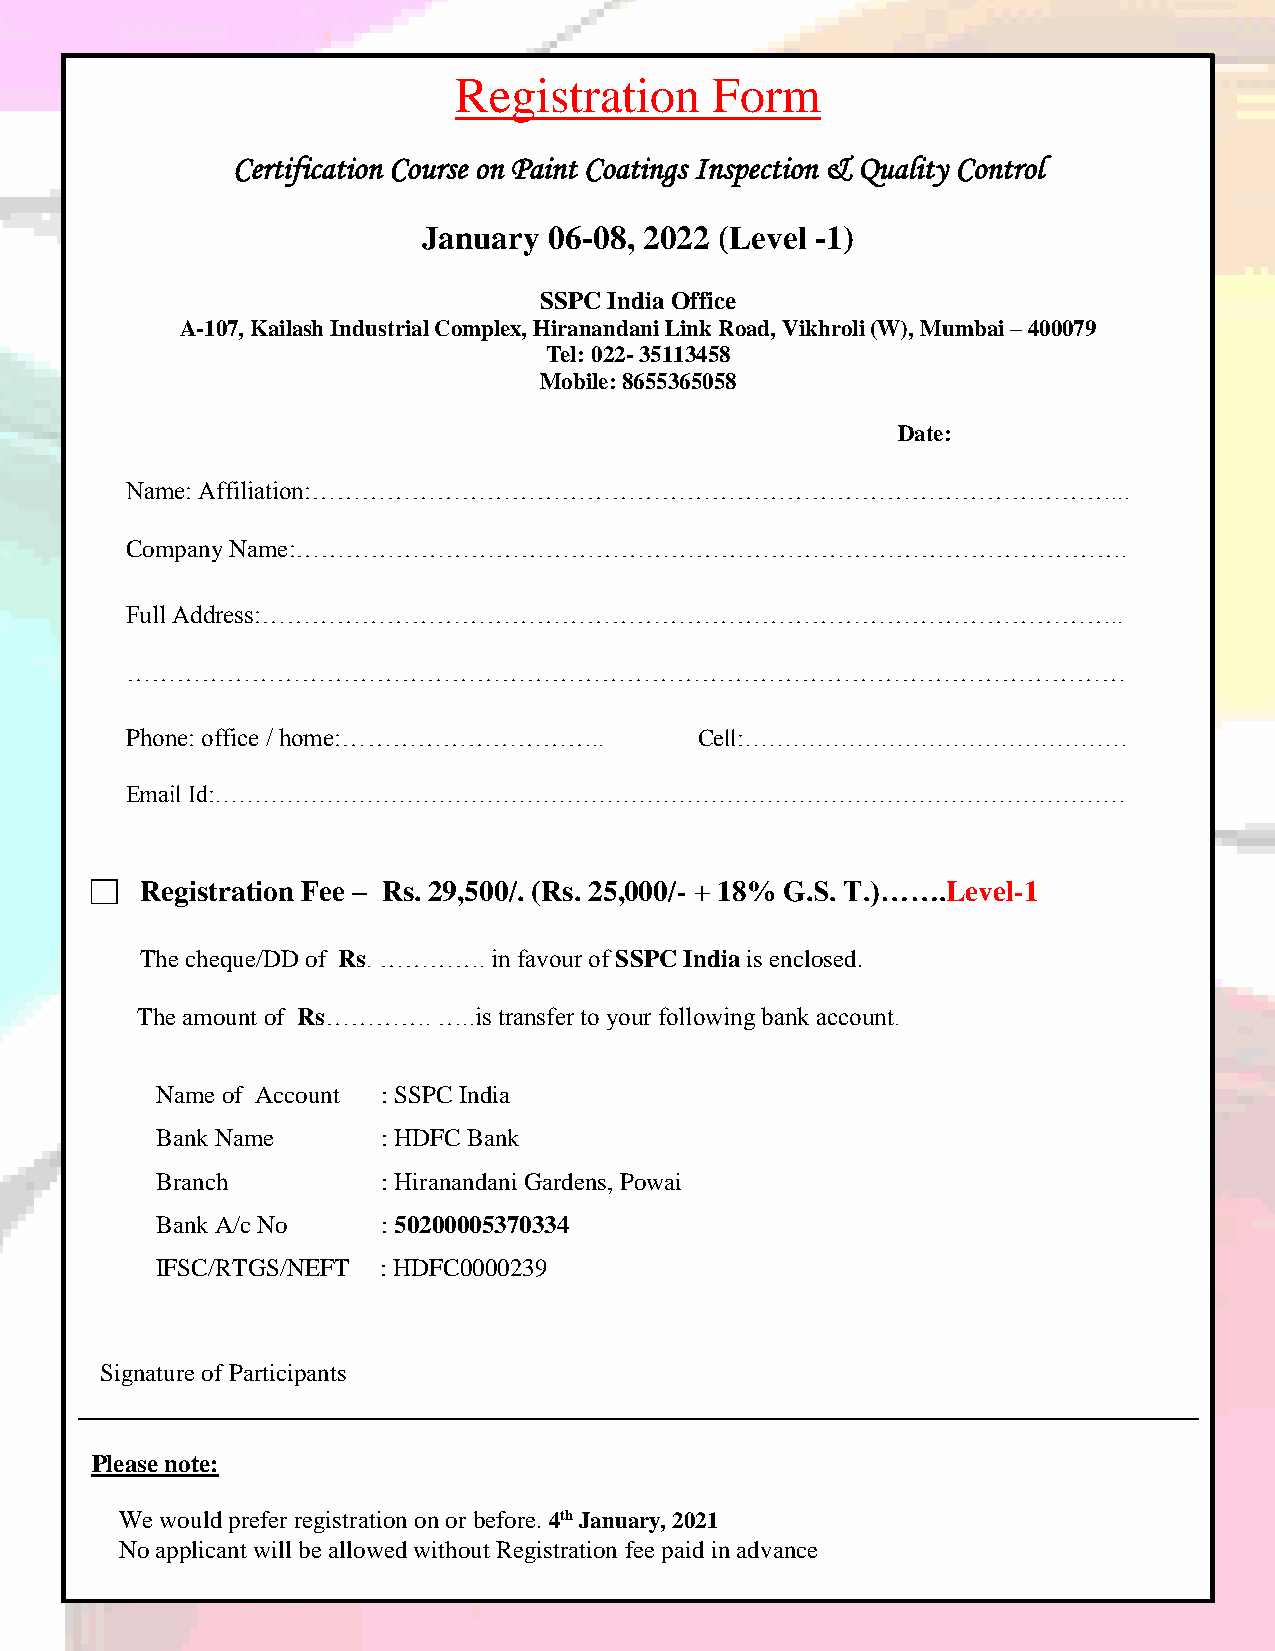
Registration     Form
 Certification Course on Paint Coatings Inspection & Quality Control
 January 06-08, 2022 (Level -1)
 SSPC India Office
 A-107, Kailash Industrial Complex, Hiranandani Link Road, Vikhroli (W), Mumbai – 400079
 Tel: 022- 35113458
 Mobile: 8655365058
 Date:
 Name: Affiliation:……………………………………………………………………………………...
 Company Name:……………………………………………………………………………………….
 Full Address:…………………………………………………………………………………………..
 …………………………………………………………………………………………………………
 Phone: office / home:…………………………..     Cell:…………………………………………
 Email Id:……………………………………………………………………………………………………
 Registration Fee – Rs. 29,500/. (Rs. 25,000/- + 18% G.S. T.)…….Level-1
 The cheque/DD of Rs. …………. in favour of SSPC India is enclosed.
 The amount of Rs…………. …..is transfer to your following bank account.
 Name of Account : SSPC India
 Bank Name      : HDFC Bank
 Branch         : Hiranandani Gardens, Powai
 Bank A/c No    : 50200005370334
 IFSC/RTGS/NEFT : HDFC0000239
 Signature of Participants
 Please note:
 We would prefer registration on or before. 4th January, 2021
 No applicant will be allowed without Registration fee paid in advance